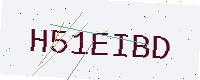
Text: H51EIBD